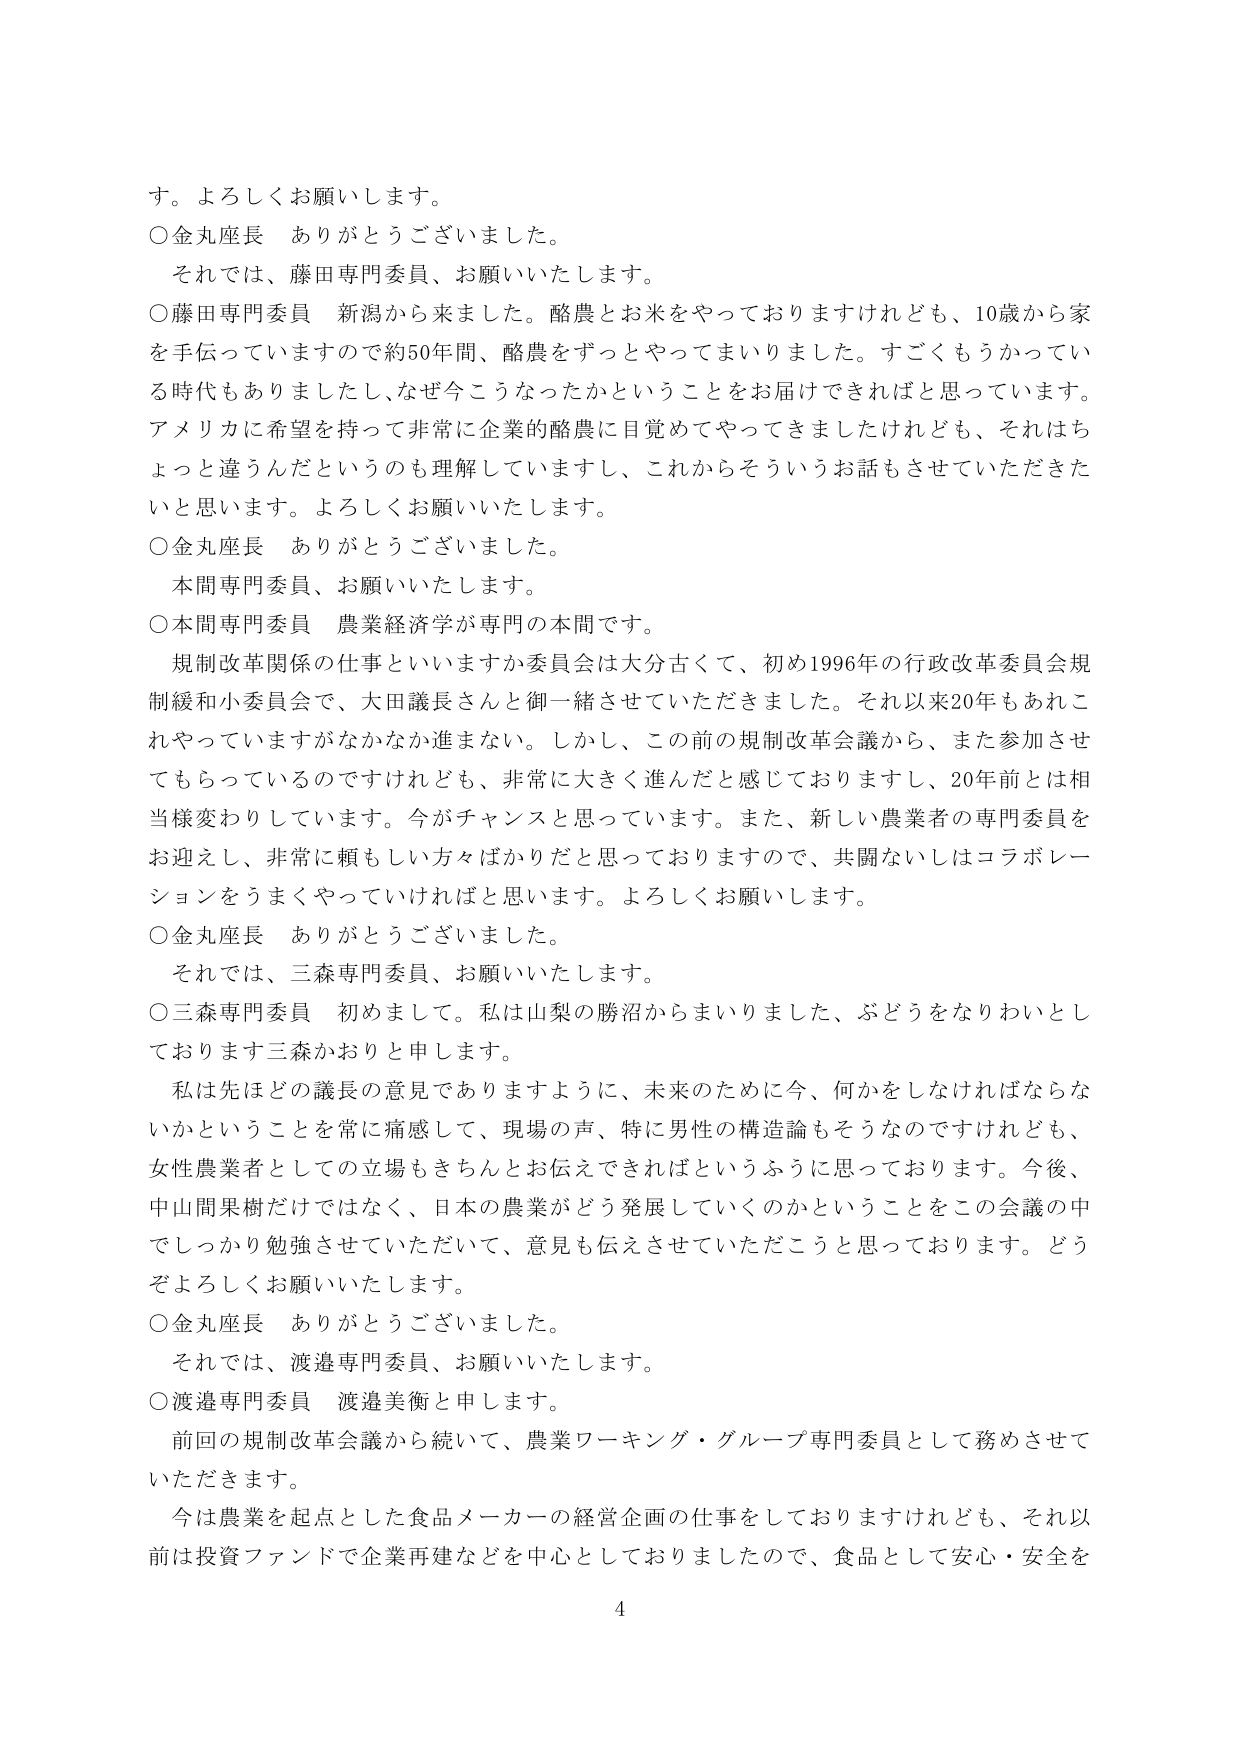
す。よろしくお願いします。

○金丸座長　ありがとうございました。

　それでは、藤田専門委員、お願いいたします。

○藤田専門委員　新潟から来ました。酪農とお米をやっておりますけれども、10歳から家を手伝っていますので約50年間、酪農をずっとやってまいりました。すごくもうかっている時代もありましたし、なぜ今こうなったかということをお届けできればと思っています。アメリカに希望を持って非常に企業的酪農に目覚めてやってきましたけれども、それはちょっと違うんだというのも理解していますし、これからそういうお話もさせていただきたいと思います。よろしくお願いいたします。

○金丸座長　ありがとうございました。

　本間専門委員、お願いいたします。

○本間専門委員　農業経済学が専門の本間です。

　規制改革関係の仕事といいますか委員会は大分古くて、初め1996年の行政改革委員会規制緩和小委員会で、大田議長さんと御一緒させていただきました。それ以来20年もあれこれやっていますがなかなか進まない。しかし、この前の規制改革会議から、また参加させてもらっているのですけれども、非常に大きく進んだと感じておりますし、20年前とは相当様変わりしています。今がチャンスと思っています。また、新しい農業者の専門委員をお迎えし、非常に頼もしい方々ばかりだと思っておりますので、共闘ないしはコラボレーションをうまくやっていけばと思います。よろしくお願いします。

○金丸座長　ありがとうございました。

　それでは、三森専門委員、お願いいたします。

○三森専門委員　初めまして。私は山梨の勝沼からまいりました、ぶどうをなりわいとしております三森かおりと申します。

　私は先ほどの議長の意見でありますように、未来のために今、何かをしなければならないかということを常に痛感して、現場の声、特に男性の構造論もそうなのですがけれども、女性農業者としての立場もきちんとお伝えできればというふうに思っております。今後、中山間果樹だけではなく、日本の農業がどう発展していくのかということをこの会議の中でしっかり勉強させていただいて、意見も伝えさせていただこうと思っております。どうぞよろしくお願いいたします。

○金丸座長　ありがとうございました。

　それでは、渡邉専門委員、お願いいたします。

○渡邉専門委員　渡邉美衡と申します。

　前回の規制改革会議から続いて、農業ワーキング・グループ専門委員として務めさせていただきます。

　今は農業を起点とした食品メーカーの経営企画の仕事をしておりますけれども、それ以前は投資ファンドで企業再建などを中心としておりましたので、食品として安心・安全を

4